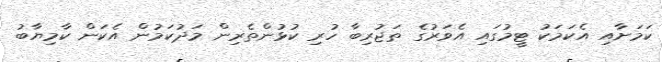
ކަމަށާއި އެކަމަކު ޓީމުގައި އެވަރުގެ ތަޖުރިބާ ހުރި ކުޅުންތެރިން މަދުކަމުން އެކަން ކާމިޔާބު